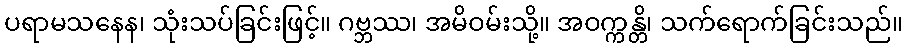
ပရာမသနေန၊ သုံးသပ်ခြင်းဖြင့်။ ဂဗ္ဘဿ၊ အမိဝမ်းသို့။ အဝက္ကန္တိ၊ သက်ရောက်ခြင်းသည်။